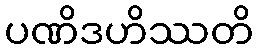
ပဏိဒဟိဿတိ